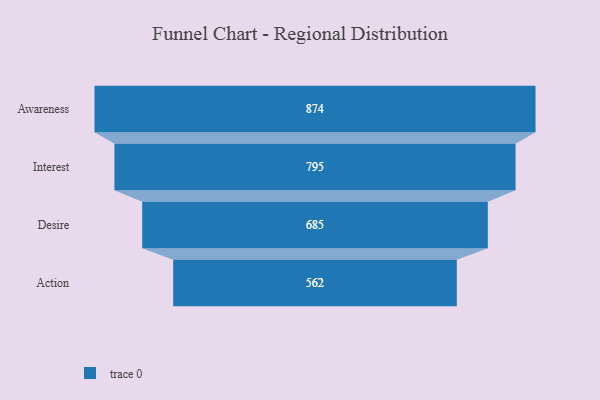
{"axis": {"x": "Stage", "y": "Value"}, "legend": [""], "data": [{"x": "Awareness", "y": 874.0, "type": ""}, {"x": "Interest", "y": 795.0, "type": ""}, {"x": "Desire", "y": 685.0, "type": ""}, {"x": "Action", "y": 562.0, "type": ""}]}